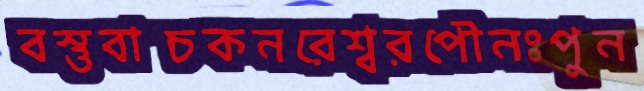
বস্তুবাচকনরেশ্বরপৌনঃপুন